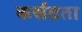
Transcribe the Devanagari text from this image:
कर्सठता